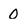
Character: 0